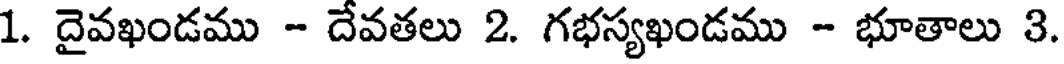
1. దైవఖండము - దేవతలు 2. గభస్యఖండము - భూతాలు 3.